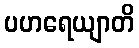
ပဟရေယျာတိ